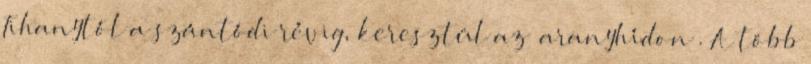
Tihanytól a szántódi révig, keresztül az „aranyhídon”. A több